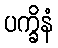
ပက္ခိနံ